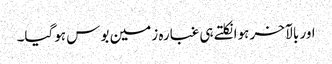
اور بالآخر ہوا نکلتے ہی غبارہ زمین بوس ہوگیا۔